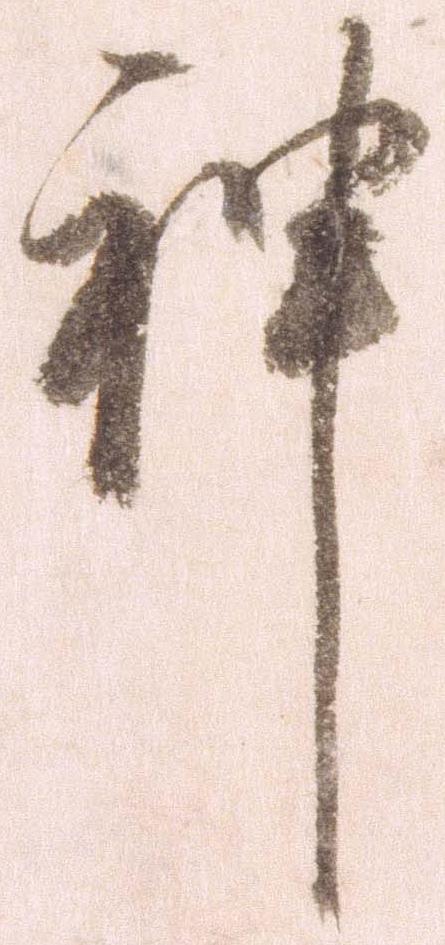
神